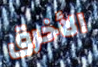
الأخرق